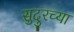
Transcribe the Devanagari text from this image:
सुदुरच्या